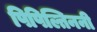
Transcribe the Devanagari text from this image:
पिपिल्तिननी